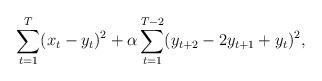
LaTeX: \begin{align*}\sum_{t=1}^T(x_t-y_t)^2+\alpha\sum_{t=1}^{T-2}( y_{t +2 }-2 y_{t+1}+ y_{t})^2,\end{align*}